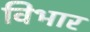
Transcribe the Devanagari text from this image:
विभार